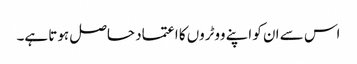
اس سے ان کو اپنے ووٹروں کا اعتماد حاصل ہوتا ہے۔